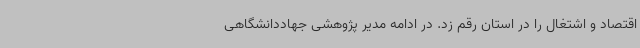
اقتصاد و اشتغال را در استان رقم زد. در ادامه مدیر پژوهشی جهاددانشگاهی